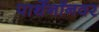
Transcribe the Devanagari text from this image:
पार्थेनॉनवर